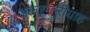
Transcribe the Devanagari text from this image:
अल्जम्हूरीयाह